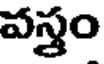
వస్త్రం